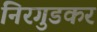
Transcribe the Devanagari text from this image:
निरगुडकर